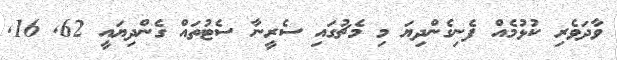
ވާދަވެރި ކުޅުމެއް ފެނިގެންދިޔަ މި މެޗުގައި ސެރީނާ ސެޓުތައް ގެންދިޔައީ 62